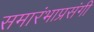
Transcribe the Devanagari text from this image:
समारंभाप्रसंगी